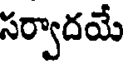
సర్వాదయే